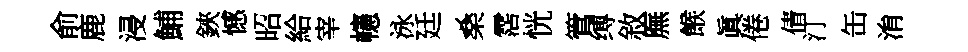
俞鹿浸鯆鋏憾昭給宰幰泳廷桑霑恍管缚敘廡餱眞倦倩汀缶㳙